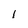
Character: 1